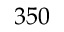
3 5 0